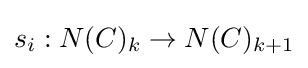
s_{i}:N(C)_{k}\to N(C)_{k+1}